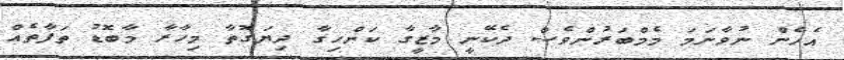
އެހެން ނުވާނަމަ މެމްބަރުންވެސް ދެކޭނީ މާޒީގާ ކަންހިގާ ދިޔަގޮތާ މިހާރާ މާބޮޑު ތަފާތެއް